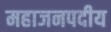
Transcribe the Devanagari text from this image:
महाजनपदीय